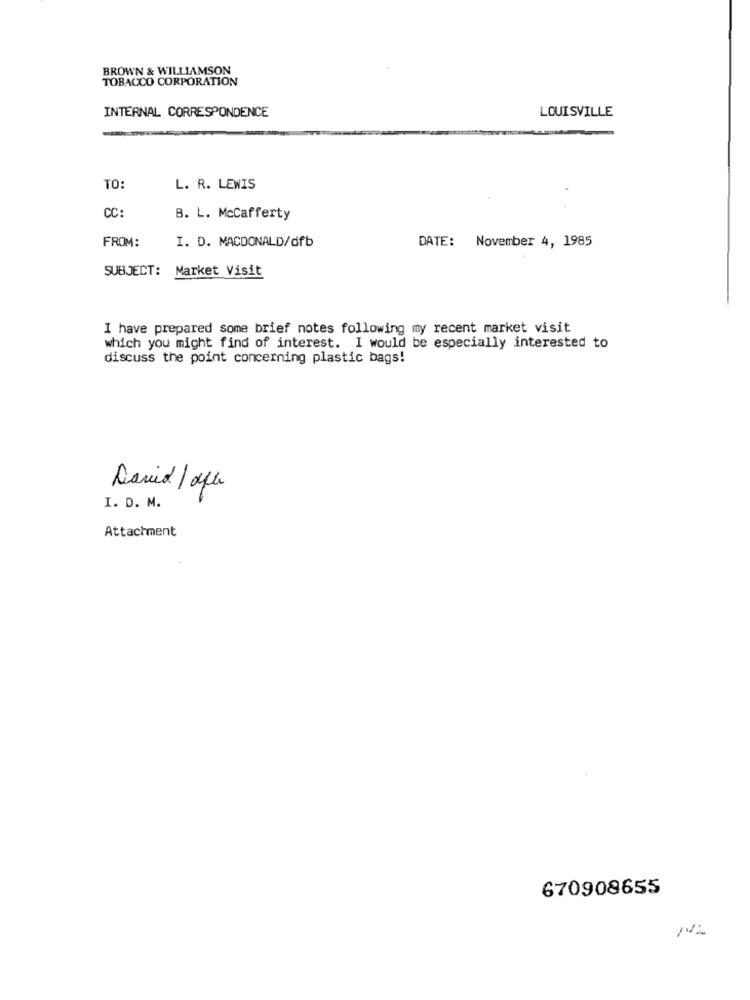
BROWN & WILLIAMSON
TOBACCO CORPORATION
INTERNAL CORRESPONDENCE
LOUISVILLE
TO:
L. R. LEWIS
CC:
B. L. McCafferty
FROM:
DATE: November 4, 1985
I. D. MACDONALD/dfb
SUBJECT:
Market Visit
I have prepared some brief notes following my recent market visit
which you might find of interest. I would be especially interested to
discuss the point concerning plastic bags!
David / ofte
I. D. M.
Attachment
670908655